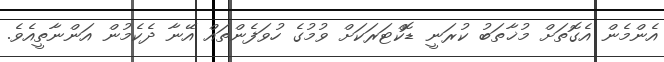
އެންމެން އެގޮތަށް މުޚާތަބު ކުރަނީ ޑޮކްޓަރަކަށް ވުމުގެ ހުވަފެންތައް އޭނާ ދެކެމުން އަންނާތީއެވެ.